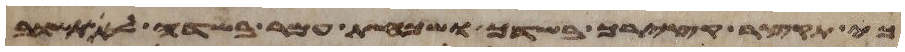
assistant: כי תקצר קצירך בשדך ושכחת עמר בשדה לא תשוב